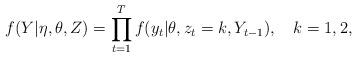
LaTeX: \begin{align*}f(Y|\eta,\theta,Z)=\prod_{t=1}^{T}{f(y_t|\theta,z_t=k,Y_{t-1})},\ \ \ k=1,2,\end{align*}